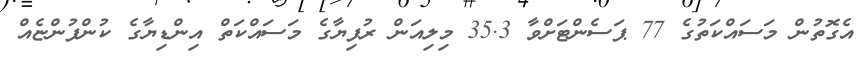
އެގޮތުން މަސައްކަތުގެ 77 ޕަސެންޓަށްވާ 35.3 މިލިއަން ރުފިޔާގެ މަސައްކަތް އިންޑިޔާގެ ކުންފުންޏެއް